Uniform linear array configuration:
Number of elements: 64
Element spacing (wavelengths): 0.25
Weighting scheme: blackman
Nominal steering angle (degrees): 60
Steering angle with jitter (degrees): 61.381
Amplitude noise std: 0.05
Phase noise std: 0.05

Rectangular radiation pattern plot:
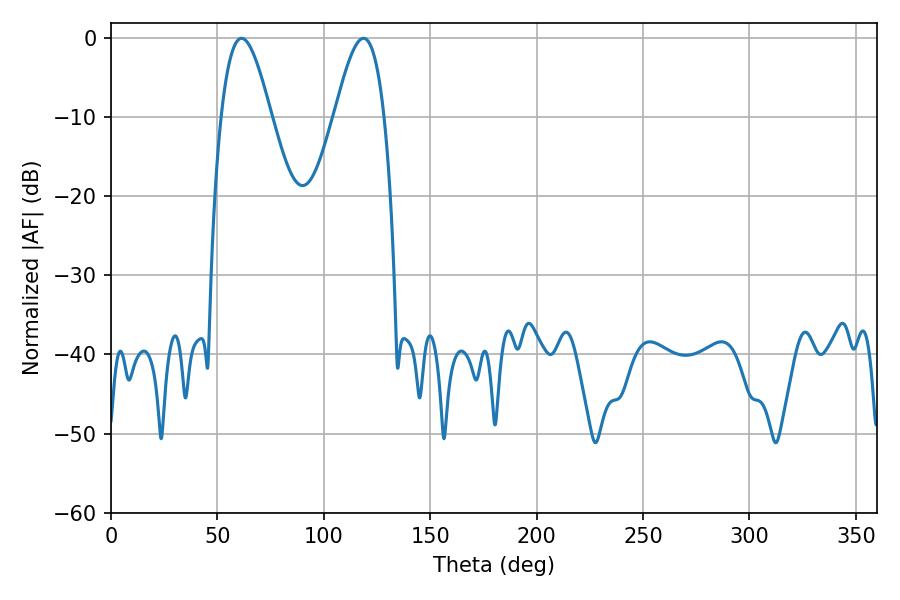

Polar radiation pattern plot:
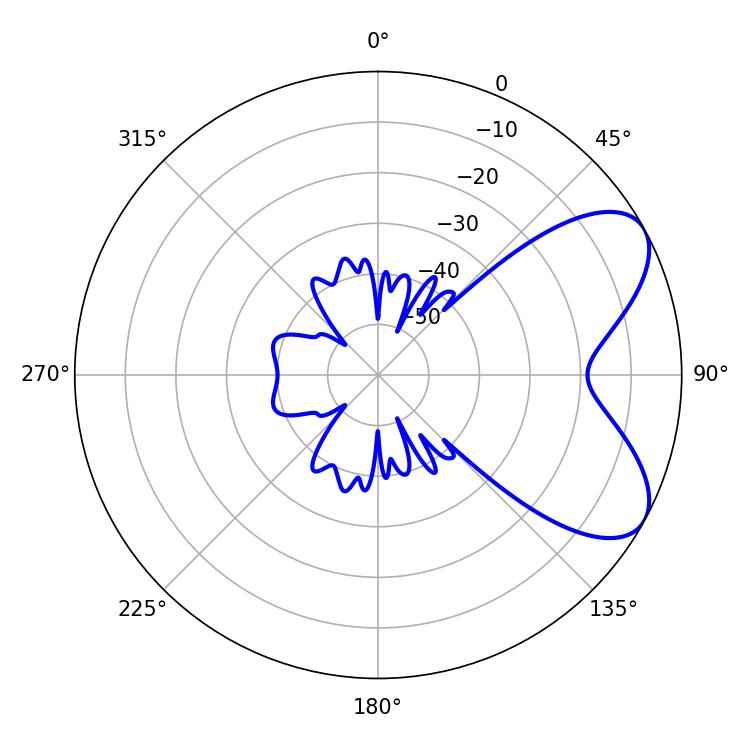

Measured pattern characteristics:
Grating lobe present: FALSE
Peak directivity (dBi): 6.65
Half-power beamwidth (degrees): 12.6
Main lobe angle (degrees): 61.38